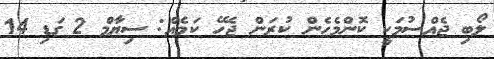
ލޯބި ޖެއްސުމަކީ ކޮންމެހެން ކުރަން ޖެހޭ ކަމެެއް: ސިޔާމް 2 ގަޑި 14